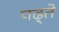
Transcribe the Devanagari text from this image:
पढ़्ते